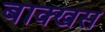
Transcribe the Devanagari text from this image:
बाक्खस